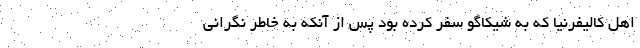
اهل کالیفرنیا که به شیکاگو سفر کرده بود پس از آنکه به خاطر نگرانی